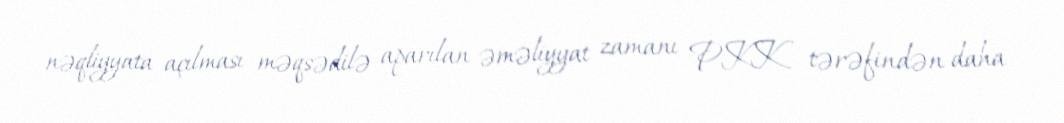
nəqliyyata açılması məqsədilə aparılan əməliyyat zamanı PKK tərəfindən daha